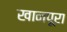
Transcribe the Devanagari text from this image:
खानपूरा